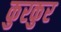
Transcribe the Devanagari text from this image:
कुरकुर